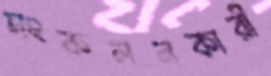
সংকলনকারী